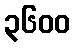
၃၆၀၀